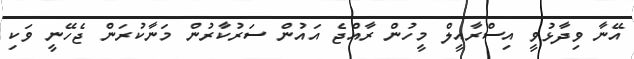
އޭނާ ވިދާޅުވީ އިސްރާއީލް މީހުން ރާއްޖެ އައުން ސަރުކާރުން މަނާކުރަން ޖެހޭނީ ވަކި